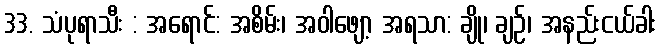
33. သံပုရာသီး : အရောင်: အစိမ်း၊ အဝါဖျော့ အရသာ: ချို၊ ချဉ်၊ အနည်းငယ်ခါး